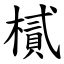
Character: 樲